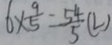
6 \times \frac { 9 } { 5 } = \frac { 5 4 } { 5 } ( L )